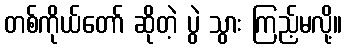
တစ်ကိုယ်တော် ဆိုတဲ့ ပွဲ သွား ကြည့်မလို့။